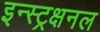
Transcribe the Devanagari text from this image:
इन्स्ट्रक्षनल